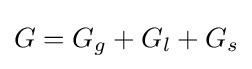
G=G_{g}+G_{l}+G_{s}